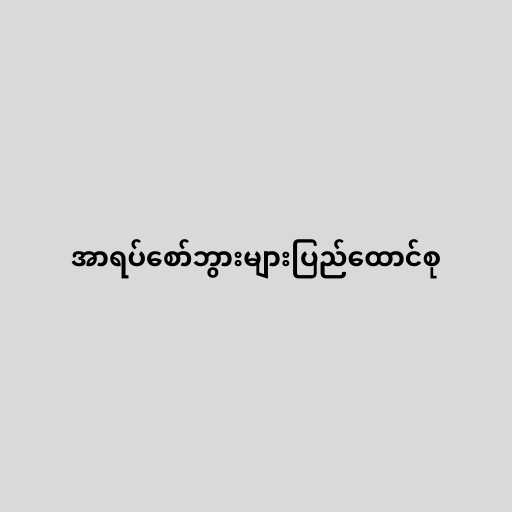
အာရပ်စော်ဘွားများပြည်ထောင်စု